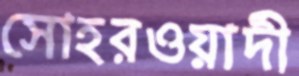
সোহরওয়ার্দী